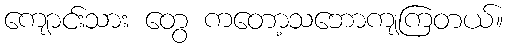
ကျောင်းသား တွေ ကတော့သဘောကျကြတယ်။